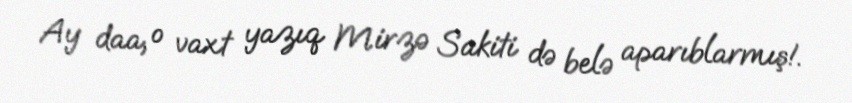
Ay daa, o vaxt yazıq Mirzə Sakiti də belə aparıblarmış!.